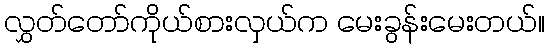
လွှတ်တော်ကိုယ်စားလှယ်က မေးခွန်းမေးတယ်။